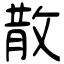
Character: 散